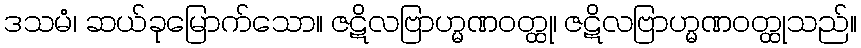
ဒသမံ၊ ဆယ်ခုမြောက်သော။ ဇဋိလဗြာဟ္မဏဝတ္ထု၊ ဇဋိလဗြာဟ္မဏဝတ္ထုသည်။